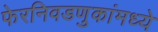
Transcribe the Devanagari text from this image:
फेरनिवडणुकांमध्ये